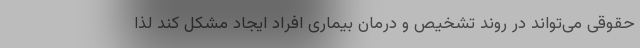
حقوقی می‌تواند در روند تشخیص و درمان بیماری افراد ایجاد مشکل کند لذا